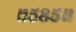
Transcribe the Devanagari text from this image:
॥५८५॥